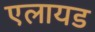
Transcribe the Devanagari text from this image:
एलायड